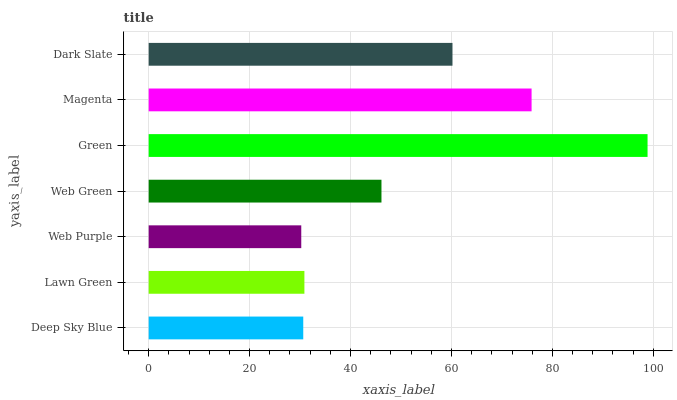
| yaxis_label | bars |
 | --- | --- |
 | Deep Sky Blue | 30.6 |
 | Lawn Green | 30.9 |
 | Web Purple | 30.2 |
 | Web Green | 46.1 |
 | Green | 98.9 |
 | Magenta | 75.9 |
 | Dark Slate | 60.2 |